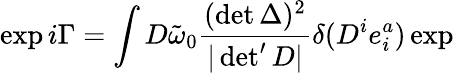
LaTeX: \exp i\Gamma=\int D\tilde{\omega}_{0}\frac{(\operatorname*{det}\Delta)^{2}}{|\operatorname*{det}^{\prime}D|}\delta(D^{i}e_{i}^{a})\exp